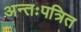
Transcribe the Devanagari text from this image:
अन्तःपत्रित